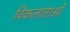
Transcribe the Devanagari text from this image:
विकलाताओं